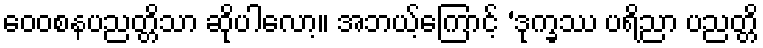
ဝေဝစနပညတ္တိသာ ဆိုပါလော့။ အဘယ့်ကြောင့် ‘ဒုက္ခဿ ပရိညာ ပညတ္တိ